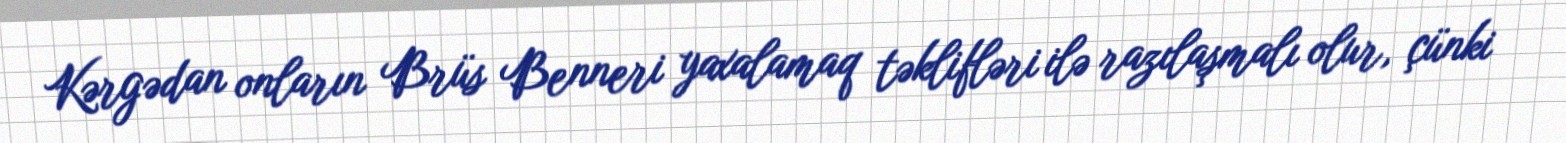
Kərgədan onların Brüs Benneri yaxalamaq təklifləri ilə razılaşmalı olur, çünki